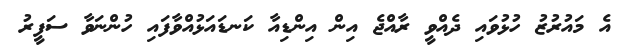
އެ މައުރުޒު ހުޅުވައި ދެއްވީ ރާއްޖެ އިން އިންޑިއާ ކަނޑައަޅުއްވާފައި ހުންނަވާ ސަފީރު